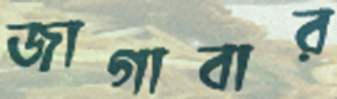
জাগাবার